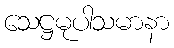
သေဋ္ဌမုပါသမာနာ